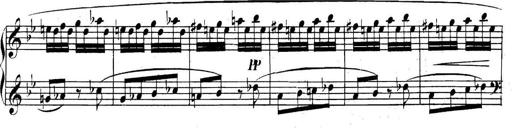
Title: Collected Piano Sonatas
Composer: Muzio Clementi